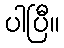
ပါပြီ။